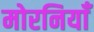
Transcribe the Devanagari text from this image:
मोरनियाँ